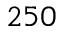
2 5 0